Vaccination in the Punjab 1897-1904 - 1897-1904
Year: 1897
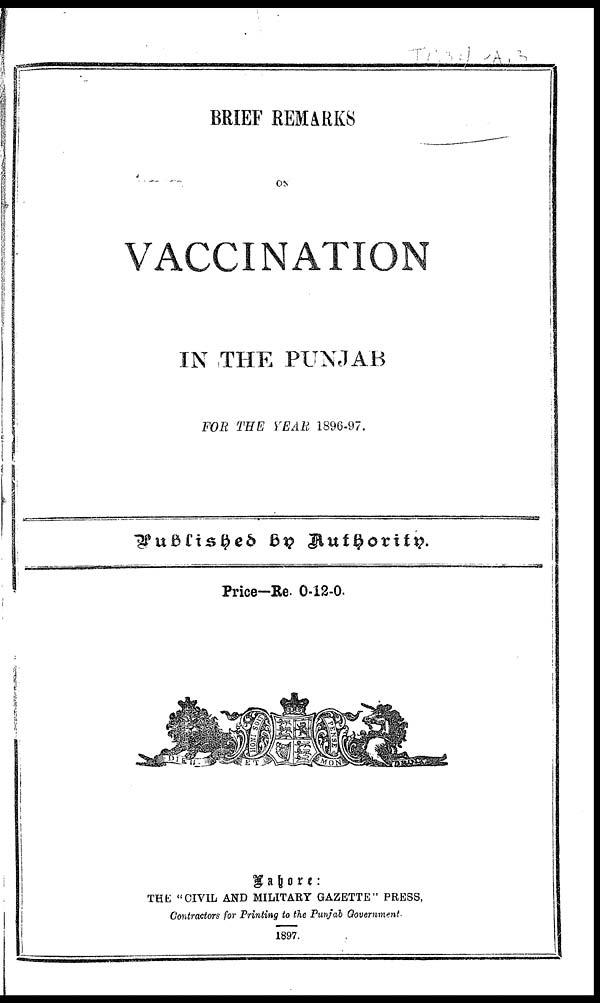
BRIEF REMARKS
ON
VACCINATION
IN THE PUNJAB
FOR THE YEAR 1896-97.
Published by
Authority.
Price—Re. 0-12-0.
/img/
Lahore:
THE "CIVIL AND MILITARY GAZETTE" PRESS,
Contractors for Printing to the Punjab Government.
1897.